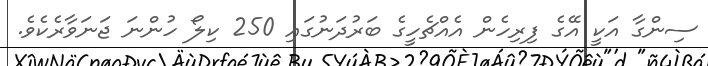
ސިންގާ އަކީ އޭގެ ފިރިހެން އެއްޗެހީގެ ބަރުދަނުގައި 250 ކިލޯ ހުންނަ ޖަނަވާރެކެވެ.